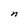
Character: n